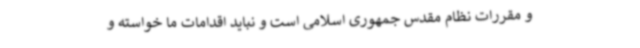
و مقررات نظام مقدس جمهوری اسلامی است و نباید اقدامات ما خواسته و